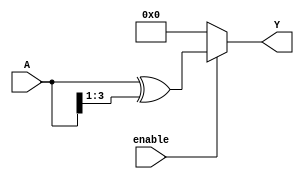
module RelativeEncoder #(parameter N = 4, parameter M = 4) (
    input  wire [N-1:0] A,      // N-bit input
    input  wire enable,          // Enable signal
    output reg  [M-1:0] Y        // M-bit output
);

// Gray Code Encoding Logic
always @(*) begin
    if (enable) begin
        // Convert binary input A to Gray Code output Y
        Y = A ^ (A >> 1);
    end else begin
        // If not enabled, set output to default state (e.g., all zeros)
        Y = {M{1'b0}};
    end
end

endmodule